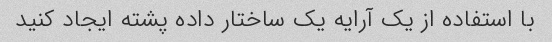
با استفاده از یک آرایه یک ساختار داده پشته ایجاد کنید